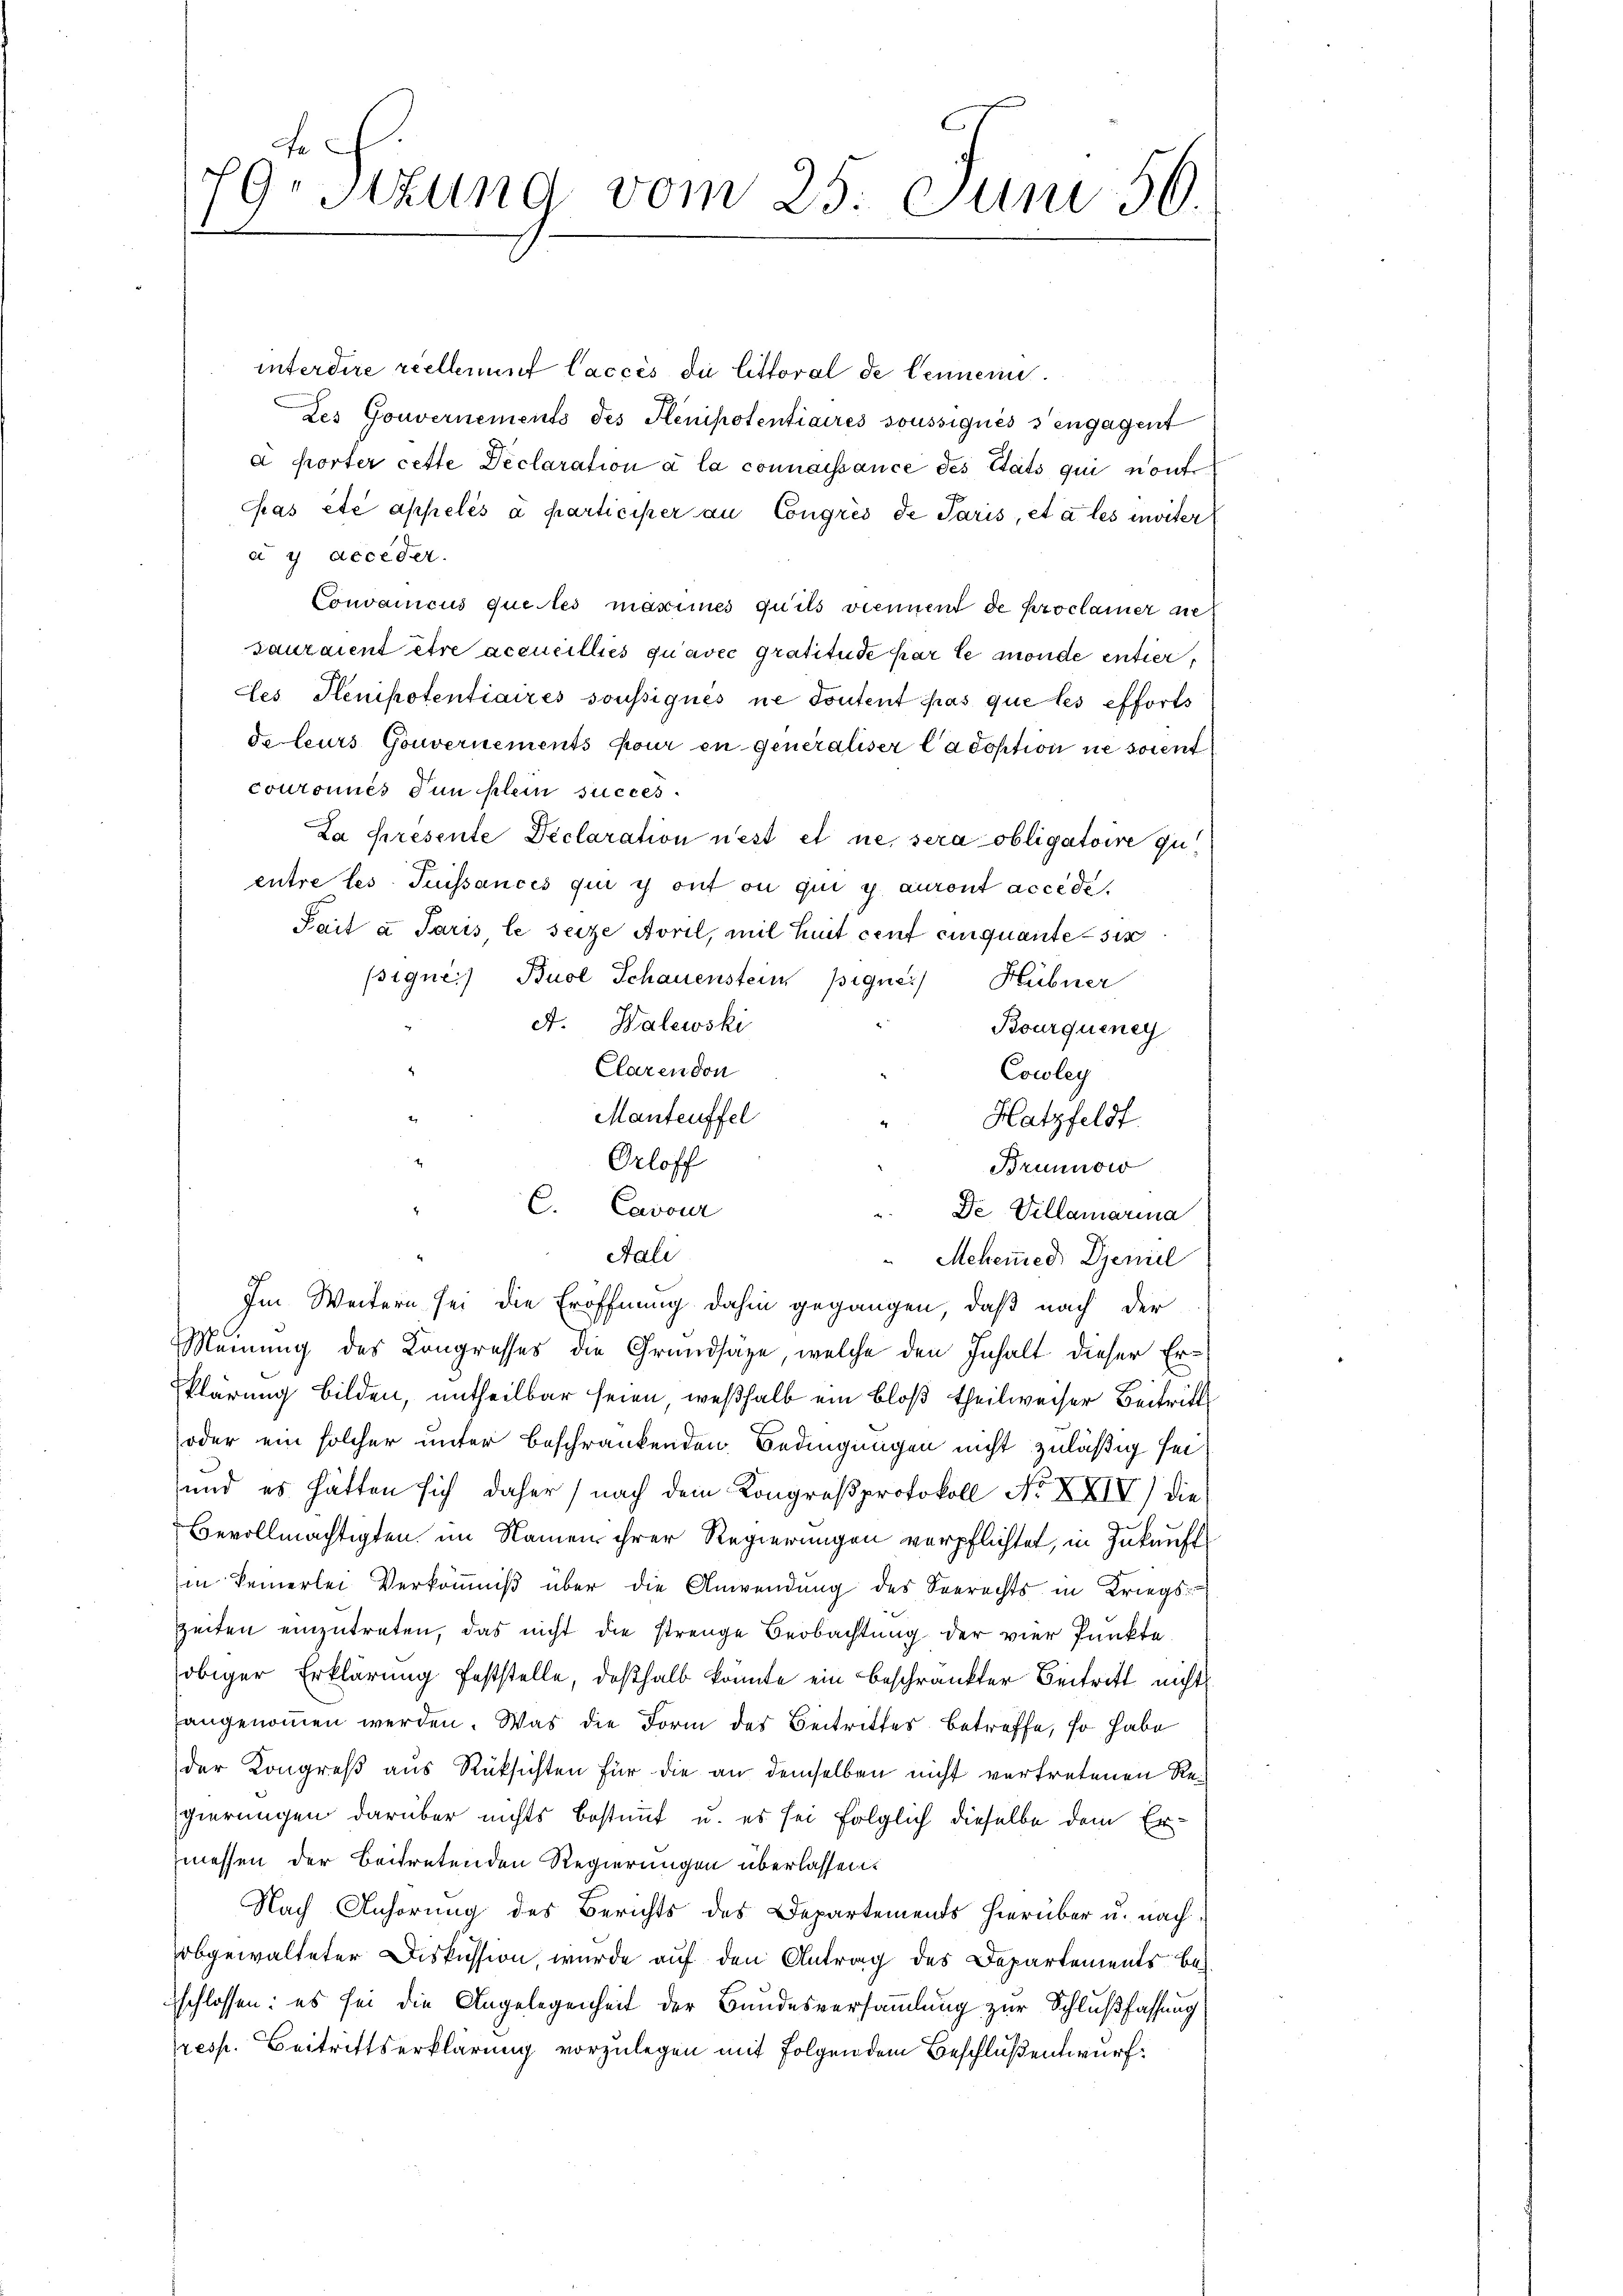
79. Sitzung vom 25. Jun 56.

Orloff
C. Cavour
Sali

interdire reellnunf Caccès die Littoral de Cennern
Les Gouvernements des Henipotentiaires soussiqués s’engagent
a hörter cette Declaration à la connaissance des Stats qui ont
pas été appelés à participer an Congrés de Paris, et a les moiter
a 4 deceder.
Convaincus quetes maximes quits viennent de Proclamer ne
sauraient être accueilliés qu’avec gratitude par le monde entier,
cles Plenipotentiaires soussignes ne Toutent pas que les efforts
de leurs Gouvernements pour in Generaliser Cadoption ne soient
couronnés dunklein succes
La presente Declaration n’est et ne sera obligatoire qu
entre les Puissances qui y ont ou qui y auront accide.
Pait a Paris le seize Aorel, mit Zeit cent cinquante sie
sique) Buol Schauenstein pignes Hübner
A. Walewski
Bourquiney
Clarendon
Cowley
Manteuffel
Hatzfeldt
Brunnow
De Villamarina
Mehemied Daniel
4
Im Weitern sei die Eröffnung dahin gegangen, daß nach der
Meinung des Kongresses die Grundsätze, welche den Inhalt dieser Erklärung bilden, untheilbar seien, weßhalb ein bloß theilweiser Beitritt
oder ein solcher unter beschränkenden Bedingungen nicht zuläßig sei
und es hätten sich daher (nach dem Kongreßprotokoll No XXIV) die
Bevollmächtigten im Namen ihrer Regierungen verpflichtet, in Zukunft
in keinerlei Verkömniß über die Anwendung des Seerechts in Kriegs-
zeiten einzutreten, das nicht die strenge Beobachtung der vier Punkte
obiger Erklärung feststelle, deßhalb könnte ein beschränkter Beitritt nicht
angenommen werden. Was die Form des Beitrittes betreffe, so habe
der Kongreß aus Rüksichten für die an demselben nicht vertretenen Regierungen darüber nichts bestimmt u. es sei folglich dieselbe dem Ermessen der Beitretenden Regierungen überlassen.
Nach Anhörung des Berichts des Departements hierüber u. nach
bgewalteter Diskussion, wurde auf den Antrag des Departements beschlossen: es sei die Angelegenheit der Bundesversammlung zur Schlußfassung
resp. Beitrittserklärung vorzulegen mit folgendem Beschluß entwurf.